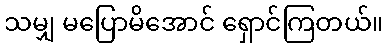
သမျှ မပြောမိအောင် ရှောင်ကြတယ်။